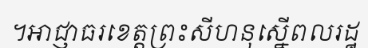
។អាជ្ញាធរខេត្តព្រះសីហនុស្នើពលរដ្ឋ